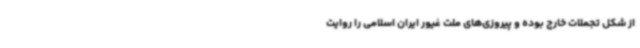
از شکل تجملات خارج بوده و پیروزی‌های ملت غیور ایران اسلامی را روایت